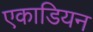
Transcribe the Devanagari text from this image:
एकाडियन